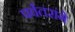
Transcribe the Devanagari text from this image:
पर्वतरांगे